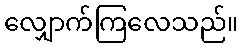
လျှောက်ကြလေသည်။